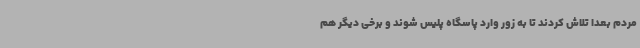
مردم بعدا تلاش کردند تا به زور وارد پاسگاه پلیس شوند و برخی دیگر هم